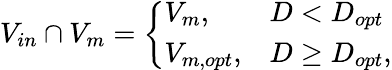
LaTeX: V_{in}\cap V_{m}=\left\{ \begin{array}{ll}{V_{m},}&{D<D_{opt}}\\ {V_{m,opt},}&{D\ge D_{opt},}\end{array}\right.